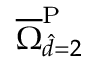
\overline { { \Omega } } _ { \hat { d } = 2 } ^ { \mathrm { { P } } }